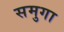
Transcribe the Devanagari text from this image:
समुगा